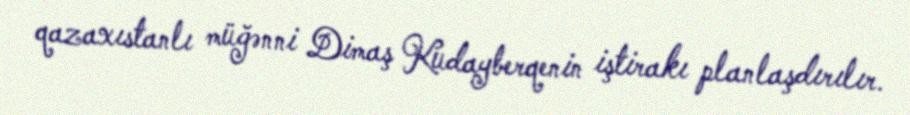
qazaxıstanlı müğənni Dimaş Kudayberqenin iştirakı planlaşdırılır.